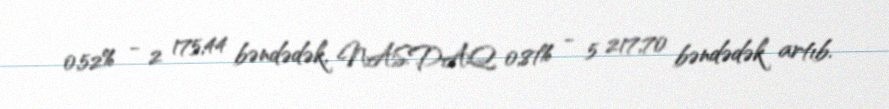
0,52% - 2 175,44 bəndədək, NASDAQ 0,81% - 5 217,70 bəndədək artıb.